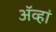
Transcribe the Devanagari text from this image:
अॅव्हां